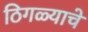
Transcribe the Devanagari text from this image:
ठिगळ्याचे